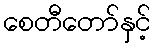
စေတီတော်နှင့်